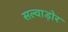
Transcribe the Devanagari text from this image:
सल्वाड़ोर